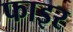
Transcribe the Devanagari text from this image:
फाइर